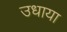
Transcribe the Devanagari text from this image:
उधाया